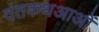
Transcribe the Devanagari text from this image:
दंतकथआओं